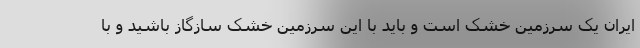
ایران یک سرزمین خشک است و باید با این سرزمین خشک سازگاز باشید و با